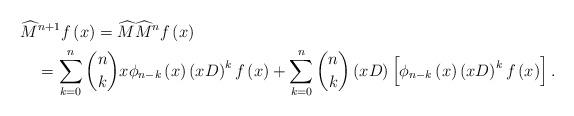
LaTeX: \begin{align*}& \widehat{M}^{n+1}f\left( x\right) =\widehat{M}\widehat{M}^{n}f\left(x\right) \\& \quad=\sum_{k=0}^{n}\binom{n}{k}x\phi_{n-k}\left( x\right) \left(xD\right) ^{k}f\left( x\right) +\sum_{k=0}^{n}\binom{n}{k}\left(xD\right) \left[ \phi_{n-k}\left( x\right) \left( xD\right) ^{k}f\left(x\right) \right] .\end{align*}